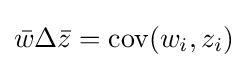
{\bar {w}}\Delta {\bar {z}}=\operatorname {cov} (w_{i},z_{i})